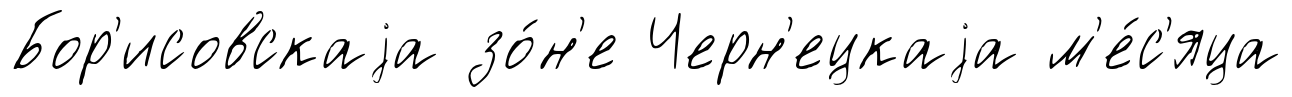
Бор'исовскаjа зо́н'е Черн'ецкаjа м'е́с'яца